Civil Veterinary Department Bihar reports 1936-40 - 1936-1940
Year: 1936
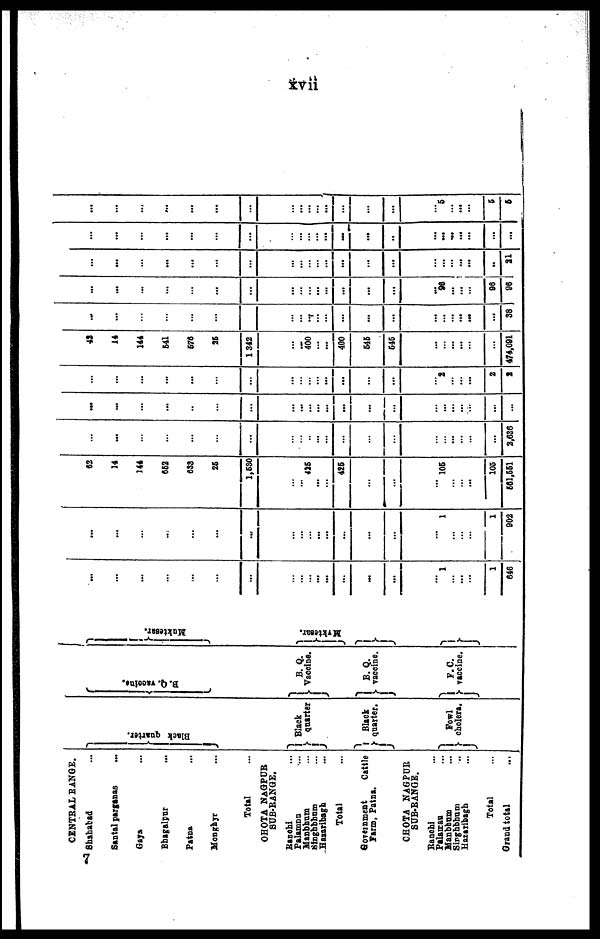
xvii
CENTRAL RANGE.
Shshabad ...
Santal parganas ...
Gaya ...
Bhagalpur ...
Patna ...
Monghyr ...
Total ...
OHOTA NAGPUR
SUB-RANGE.
Ranehi ...
Palamnn ...
Manbhum ...
Singhbhum ...
Hazaribagh ...
Total ...
Government
Cattle
Farm, Patna.
CHOTA NAGPUR
SUB-RANGE.
Ranehi ...
Palancau ...
Manbbum ...
Sirghbhum ...
Hazaribagh ...
Total ...
Grand total ...
Black quarter.
Black
quarter
Black
quarter.
Fowl
cholera.
B. Q. vacolne.
B. Q.
Vaccine.
B. Q.
vaccine.
F.C.
vaccine.
Maktesar.
Maktesar.
...
...
...
...
...
...
...
...
...
... ...
...
...
...
...
...
1
...
...
...
1
646
...
...
...
...
...
...
...
...
...
...
... ...
...
...
...
...
1
...
...
...
1
902
62
14
144
652
633
25
1,530
...
...
425
...
...
425
...
...
...
105
...
... ...
105
561,551
...
...
...
...
...
...
...
...
...
...
...
...
...
...
...
...
...
...
...
...
...
2,636
...
...
...
...
...
...
...
...
...
...
...
...
...
...
...
...
...
...
...
...
...
...
...
...
...
...
...
...
...
...
...
...
...
...
...
...
...
...
2
...
...
...
2
2
42
14
144
541
576
25
1 342
...
... 400
... ...
400
545
545
...
...
...
...
...
...
474,091
...
...
...
...
...
...
...
...
...
...
...
...
...
...
...
...
...
...
...
...
...
38
...
...
...
...
...
...
...
...
...
...
...
...
...
...
...
...
96
...
...
...
96
96
...
...
...
...
...
...
...
...
...
...
...
...
...
...
...
...
...
...
...
...
...
21
...
...
...
...
...
...
...
...
...
...
...
...
...
...
...
...
...
...
...
...
...
...
...
...
...
...
...
...
...
...
...
... ...
...
...
...
...
...
5
... ...
...
5
5
7